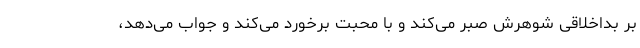
بر بداخلاقی شوهرش صبر می‌کند و با محبت برخورد می‌کند و جواب می‌دهد،